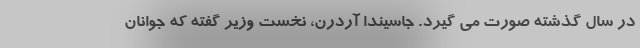
در سال گذشته صورت می گیرد. جاسیندا آردرن، نخست وزیر گفته که جوانان